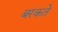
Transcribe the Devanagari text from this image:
बरकते